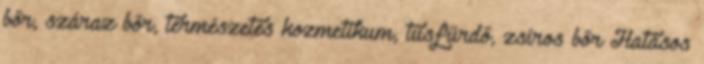
bőr, száraz bőr, természetes kozmetikum, tusfürdő, zsíros bőr Hatásos